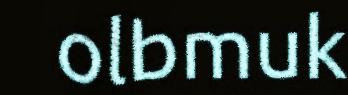
olbmuk